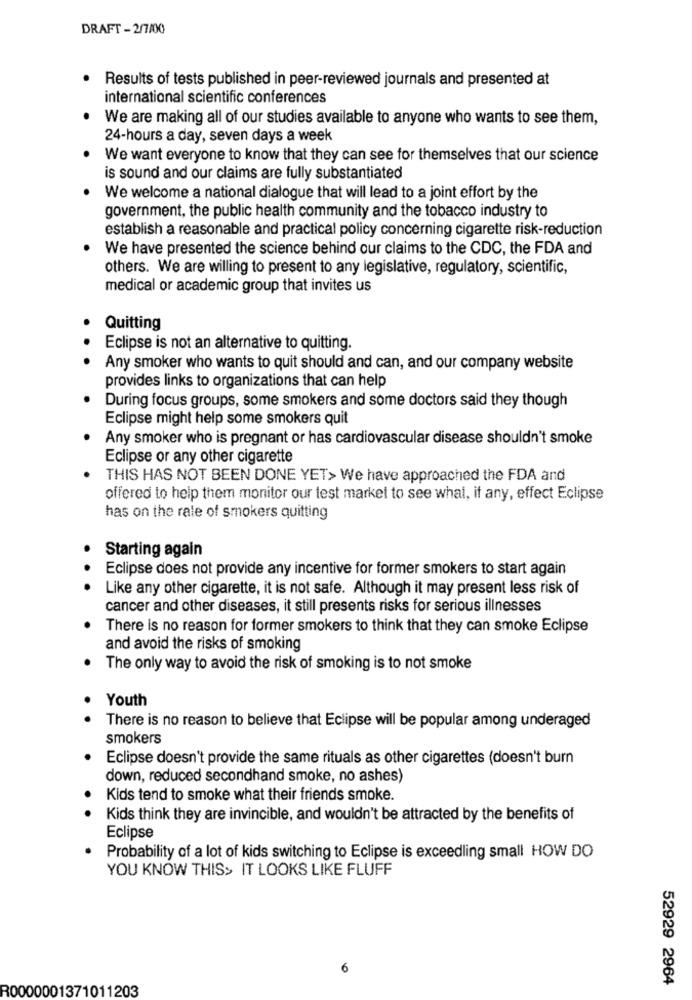
DRAFT -2/7/00
Results of tests published in peer-reviewed journals and presented at
international scientific conferences
We are making all of our studies available to anyone who wants to see them,
24-hours a day, seven days a week
We want everyone to know that they can see for themselves that our science
is sound and our claims are fully substantiated
We welcome a national dialogue that will lead to a joint effort by the
government, the public health community and the tobacco industry to
establish a reasonable and practical policy concerning cigarette risk-reduction
We have presented the science behind our claims to the CDC, the FDA and
others. We are willing to present to any legislative, regulatory, scientific,
medical or academic group that invites us
Quitting
Eclipse is not an alternative to quitting.
Any smoker who wants to quit should and can, and our company website
provides links to organizations that can help
During focus groups, some smokers and some doctors said they though
Eclipse might help some smokers quit
Any smoker who is pregnant or has cardiovascular disease shouldn't smoke
Eclipse or any other cigarette
THIS HAS NOT BEEN DONE YET> We have approached the FDA and
offered to help them monitor our test market to see what, if any, effect Eclipse
has on the rale of smokers quitting
Starting again
Eclipse does not provide any incentive for former smokers to start again
Like any other cigarette, it is not safe. Although it may present less risk of
cancer and other diseases, it still presents risks for serious illnesses
There is no reason for former smokers to think that they can smoke Eclipse
and avoid the risks of smoking
The only way to avoid the risk of smoking is to not smoke
Youth
There is no reason to believe that Eclipse will be popular among underaged
smokers
Eclipse doesn't provide the same rituals as other cigarettes (doesn't burn
down, reduced secondhand smoke, no ashes)
Kids tend to smoke what their friends smoke.
Kids think they are invincible, and wouldn't be attracted by the benefits of
Eclipse
Probability of a lot of kids switching to Eclipse is exceedling small HOW DO
YOU KNOW THIS> IT LOOKS LIKE FLUFF
6
52929 2964
R0000001371011203